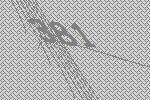
381